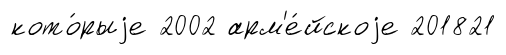
кото́рыjе 2002 арм'е́йскоjе 201821